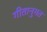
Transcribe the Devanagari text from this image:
गीतानुगत